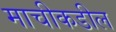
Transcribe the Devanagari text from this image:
माचीकडील